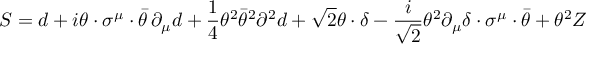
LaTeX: S = d + i \theta \cdot \sigma ^ { \mu } \cdot \bar { \theta } \, \partial _ { \mu } d + \frac { 1 } { 4 } \theta ^ { 2 } \bar { \theta } ^ { 2 } \partial ^ { 2 } d + \sqrt { 2 } \theta \cdot \delta - \frac { i } { \sqrt { 2 } } \theta ^ { 2 } \partial _ { \mu } \delta \cdot \sigma ^ { \mu } \cdot \bar { \theta } + \theta ^ { 2 } Z